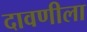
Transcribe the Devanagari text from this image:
दावणीला